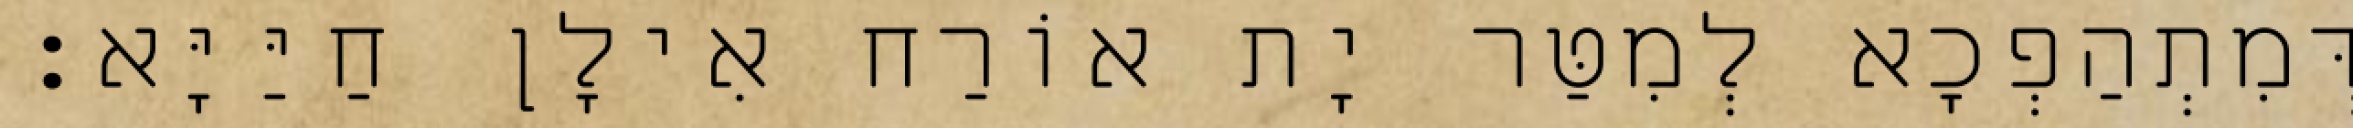
דְּמִתְהַפְכָא לְמִטַּר יָת אוֹרַח אִילָן חַיַּיָּא׃